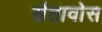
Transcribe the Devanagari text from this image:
सेंतावोस